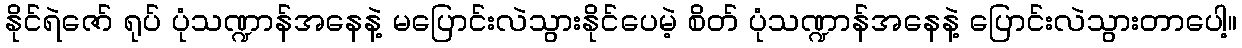
နိုင်ရဲဇော် ရုပ် ပုံသဏ္ဍာန်အနေနဲ့ မပြောင်းလဲသွားနိုင်ပေမဲ့ စိတ် ပုံသဏ္ဍာန်အနေနဲ့ ပြောင်းလဲသွားတာပေါ့။